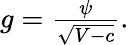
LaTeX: \begin{array}{r}{g=\frac{\psi}{\sqrt{V-c}}.}\end{array}